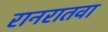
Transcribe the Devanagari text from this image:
रानरातवा